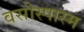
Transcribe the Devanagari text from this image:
वसोस्पास्म